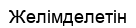
Желімделетін